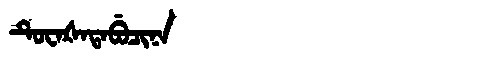
Manchu: ᡨᡠᠸᠠᡧᠠᡨᠠᠪᡠᠴᡳᠨᠠ
Romanization: TUWAŠATABUCINA